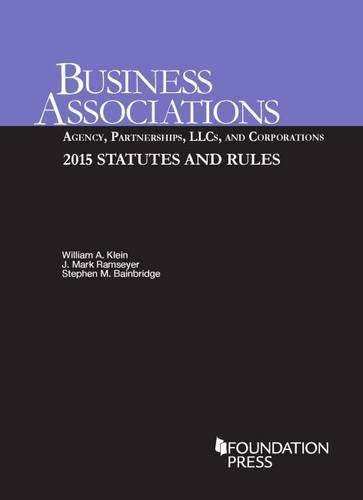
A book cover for Business Associations:  Agency, Partnerships, LLCs, and Corporations (Selected Statutes); William Klein; Law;